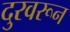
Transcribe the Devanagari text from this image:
दुरवरून